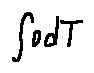
\int o d T